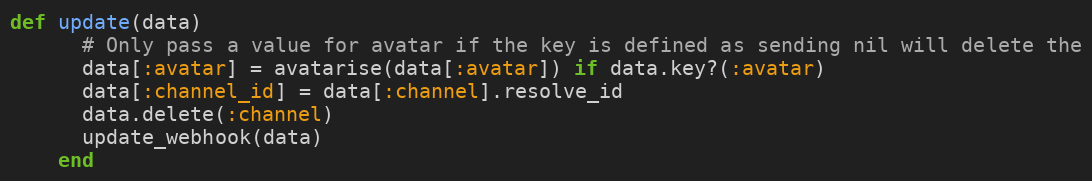
Language: Ruby
def update(data)
      # Only pass a value for avatar if the key is defined as sending nil will delete the
      data[:avatar] = avatarise(data[:avatar]) if data.key?(:avatar)
      data[:channel_id] = data[:channel].resolve_id
      data.delete(:channel)
      update_webhook(data)
    end